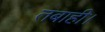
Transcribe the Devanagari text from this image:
तबाही।